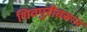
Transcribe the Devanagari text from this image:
शिवपुरीवरून